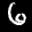
Label: 6